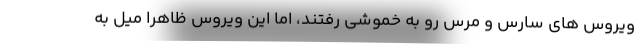
ویروس های سارس و مرس رو به خموشی رفتند، اما این ویروس ظاهرا میل به